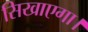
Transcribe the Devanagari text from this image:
सिखाएगा।